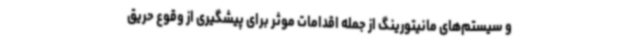
و سیستم‌های مانیتورینگ از جمله اقدامات موثر برای پیشگیری از وقوع حریق